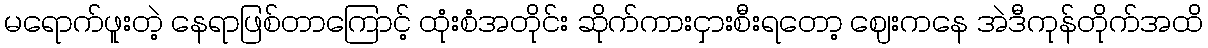
မရောက်ဖူးတဲ့ နေရာဖြစ်တာကြောင့် ထုံးစံအတိုင်း ဆိုက်ကားငှားစီးရတော့ ဈေးကနေ အဲဒီကုန်တိုက်အထိ